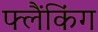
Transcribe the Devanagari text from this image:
फ्लैंकिंग